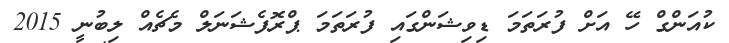
ކުއަންގް ހޭ އަށް ފުރަތަމަ ޑިވިޝަންގައި ފުރަތަމަ ޕްރޮފެޝަނަލް މެޗެއް ލިބުނީ 2015